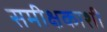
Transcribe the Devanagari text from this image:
समीक्षकाशी